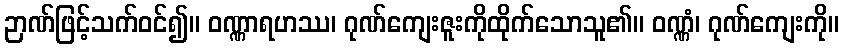
ဉာဏ်ဖြင့်သက်ဝင်၍။ ဝဏ္ဏာရဟဿ၊ ဂုဏ်ကျေးဇူးကိုထိုက်သောသူ၏။ ဝဏ္ဏံ၊ ဂုဏ်ကျေးကို။